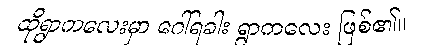
ထိုရွာကလေးမှာ ဂေါ်ရခါး ရွာကလေး ဖြစ်၏။